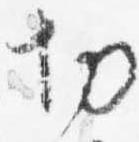
切